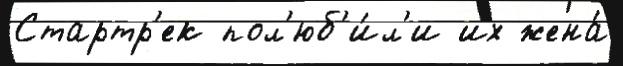
Стартр'ек пол'юб'и́л'и их жена́